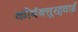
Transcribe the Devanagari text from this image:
कोयंबत्तूरहवाई